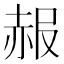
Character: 赧